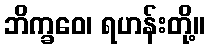
ဘိက္ခဝေ၊ ရဟန်းတို့။